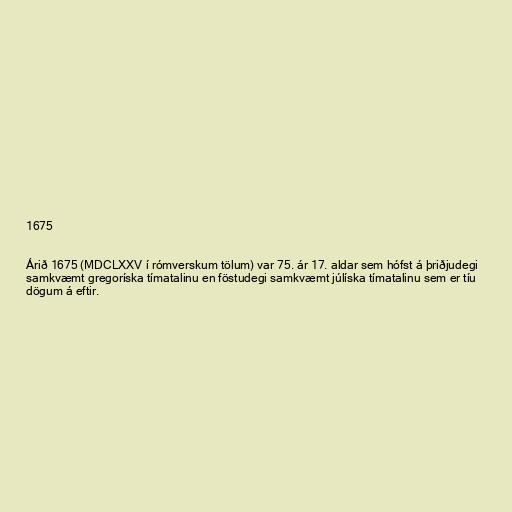
1675

Árið 1675 (MDCLXXV í rómverskum tölum) var 75. ár 17. aldar sem hófst á þriðjudegi
samkvæmt gregoríska tímatalinu en föstudegi samkvæmt júlíska tímatalinu sem er tíu
dögum á eftir.